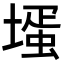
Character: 𡐆